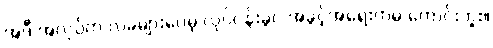
အဲဒီ အလုပ်က လခများပေမဲ့ လုပ်ငန်းခွင် အခွင့်အရေးကမ ကောင်းဘူး။